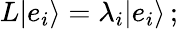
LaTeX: L|e_{i}\rangle=\lambda_{i}|e_{i}\rangle\, ;